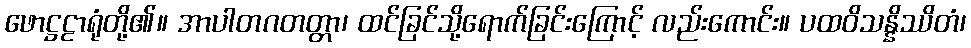
ဖောဋ္ဌဠာရုံတို့၏။ အာပါတဂတတ္တာ၊ ထင်ခြင်သို့ရောက်ခြင်းကြောင့် လည်းကောင်း။ ပထဝိသန္နိဿိတံ၊